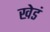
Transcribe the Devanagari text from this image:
खेडं